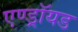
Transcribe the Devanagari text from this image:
एण्ड्रॉयड